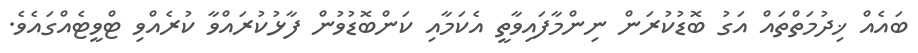
ބައެއް ޚިދުމަތްތައް އަގު ބޮޑުކުރަން ނިންމާފައިވާތީ އެކަމާއި ކަންބޮޑުވުން ފާޅުކުރައްވާ ކުރެއްވި ޓްވީޓެއްގައެވެ.